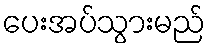
ပေးအပ်သွားမည်